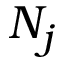
N _ { j }